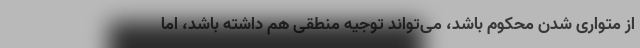
از متواری شدن محکوم باشد، می‌تواند توجیه منطقی هم داشته باشد، اما